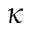
\kappa